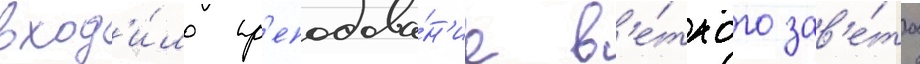
вход'и́ло пр'еподава́н'ие в'е́тхого зав'е́та